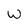
Character: w